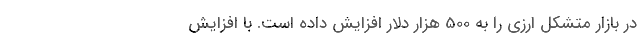
در بازار متشکل ارزی را به 500 هزار دلار افزایش داده است. با افزایش